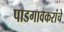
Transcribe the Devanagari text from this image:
पाडगावकरांचे